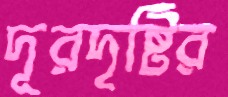
দূরদৃষ্টির